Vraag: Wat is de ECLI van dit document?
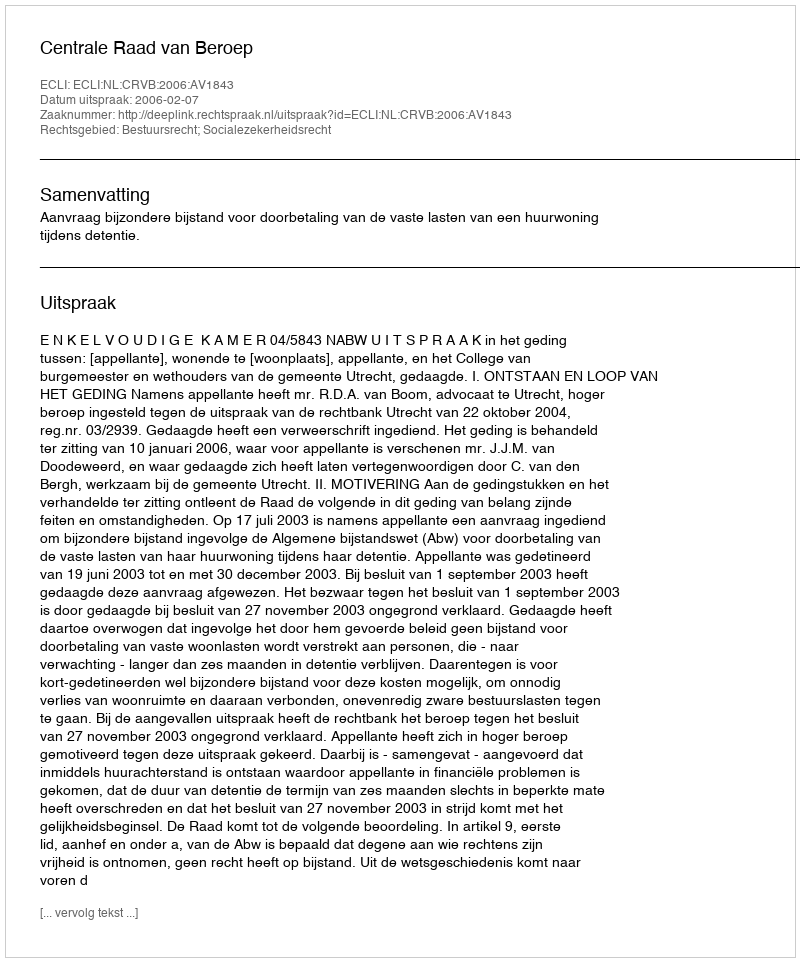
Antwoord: ECLI:NL:CRVB:2006:AV1843